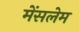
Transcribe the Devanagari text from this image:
मेंसलेम